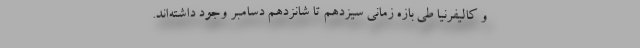
و کالیفرنیا طی بازه زمانی سیزدهم تا شانزدهم دسامبر وجود داشته‌اند.